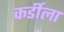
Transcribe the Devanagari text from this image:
कर्डीला